King Institute of Preventive Medicine Micro-Biological Section reports 1909-11
Year: 1909
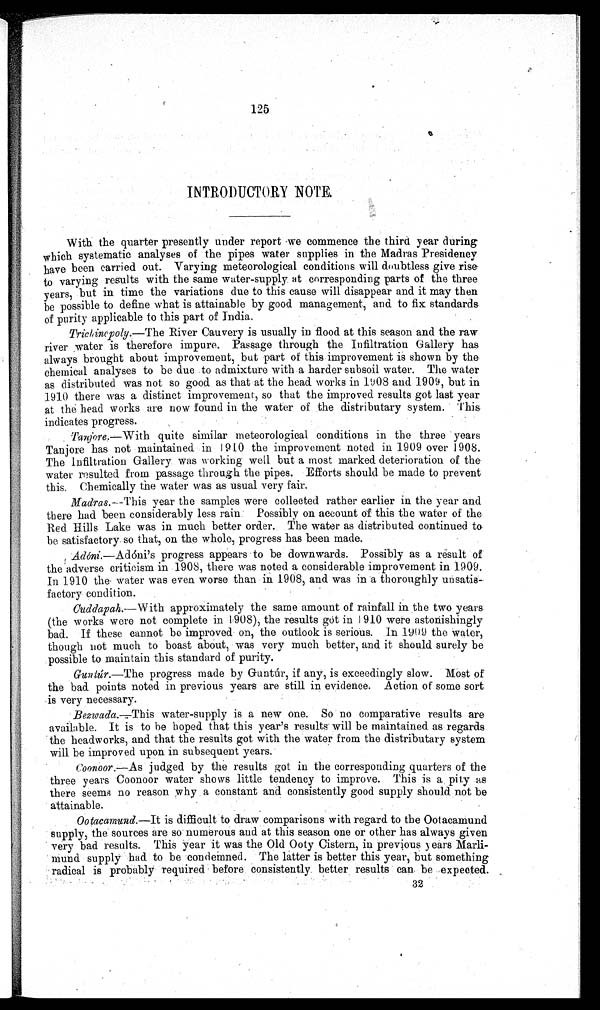
125
INTRODUCTORY NOTE
With the quarter presently under report we commence the third year during
which systematic analyses of the pipes water supplies in the Madras Presidency
have been carried out. Varying meteorological conditions will doubtless give
r i s e
to varying results with the same water-supply at corresponding parts of the three
years, but in time the variations due to this cause will disappear and it may then
be possible to define what is attainable by good management, and to fix standards.
of purity applicable to this part of India.
Trichinopoly.—The
River Cauvery is usually in flood at this season and the raw
river water is therefore impure. Passage through the Infiltration Gallery has
always brought about improvement, but part of this improvement is shown by the
chemical analyses to be due to admixture with a harder subsoil water. The water
as distributed was not so good as that at the head works in 1908 and 1909, but in
1910 there was a distinct improvement, so that the improved results got last year
at the head works are now found in the water of the distributary system. This
indicates progress.
Tanjore.—With quite similar meteorological conditions in the three years
Tanjore has not maintained in 1910 the improvement noted in 1909 over 1908.
The infiltration Gallery was working well but a most marked deterioration of the.
water resulted from. passage through the pipes. Efforts should be made to prevent
this Chemically the water was as usual very fair.
Madras.—This
year the samples were collected rather earlier in the year and
there had been considerably less rain. Possibly on account of this the water of the
Red Hills Lake was in much better order. The water as distributed continued to
be satisfactory so that, on the whole, progress has been made.
Adóni.—Adóni's
progress appears to be downwards. Possibly as a result of
the adverse criticism in 1908, there was noted a considerable improvement in 1909.
In 1910 the water was even worse than in 1908, and was in a thoroughly unsatis
- f a c t o r y c o n d i t i o n .
Cuddapah.—With
approximately the same amount of rainfall in the two years
(the works were not complete in 1908), the results got in 1910 were astonishingly
bad. If these cannot be improved on, the outlook is serious. In 1909 the water,
though not much to boast about, was very much better, and it should surely be
possible to maintain this standard of purity.
Guntúr.—The
progress made by Guntúr, if any, is exceedingly slow. Most of
the bad points noted in previous years are still in evidence. Action of some sort
is very necessary.
Bezwada.—This
water-supply is a new one. So no comparative results are
available. It is to be hoped that this year's results will be maintained as regards
the headworks, and that the results got with the water from the distributary system
will be improved upon in subsequent years.
Coonoor .—As judged by the results got in the corresponding quarters of the
three years Coonoor water shows little tendency to improve. This is a pity as
there seems no reason why a constant and consistently good supply should not be
attainable.
Ootacamund.—It is difficult to draw comparisons with regard to the Ootacamund
supply, the sources are so numerous and at this season one or other has always given
very bad results. This year it was the Old ,Ooty Cistern, in previous years Marli-
mund supply . had to be condemned. The latter is better this year, but something
radical is probably required before consistently better results can be expected. 3 2